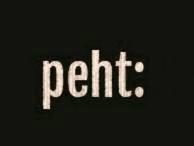
peht: